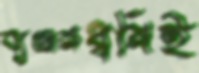
ব্যঞ্জনধ্বনিই